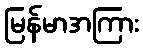
မြန်မာအကြား